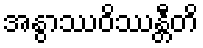
အနွာဿဝိဿန္တီတိ